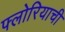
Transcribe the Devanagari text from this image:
फ्लोरियाची